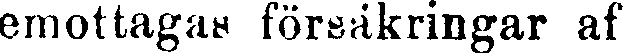
emottagas försäkringar af